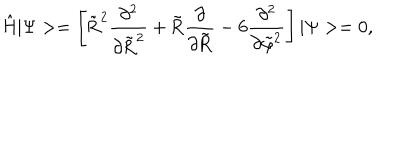
\mathrm { \hat { H } | \Psi > = \left[ \tilde { R } ^ { 2 } \frac { \partial ^ { 2 } } { \partial \tilde { R } ^ { 2 } } + \tilde { R } \frac { \partial } { \partial \tilde { R } } - 6 \frac { \partial ^ { 2 } } { \partial \tilde { \ v a r p h i } ^ { 2 } } \right] | \Psi > = 0 , }